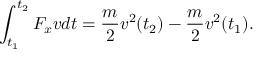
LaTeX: \int _ { t _ { 1 } } ^ { t _ { 2 } } F _ { x } v d t = { \frac { m } { 2 } } v ^ { 2 } ( t _ { 2 } ) - { \frac { m } { 2 } } v ^ { 2 } ( t _ { 1 } ) .